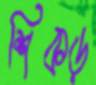
শিকড়